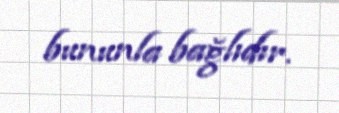
bununla bağlıdır.